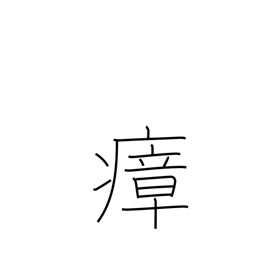
Meaning: miasma